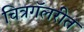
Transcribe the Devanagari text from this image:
चित्रगॅलरीत